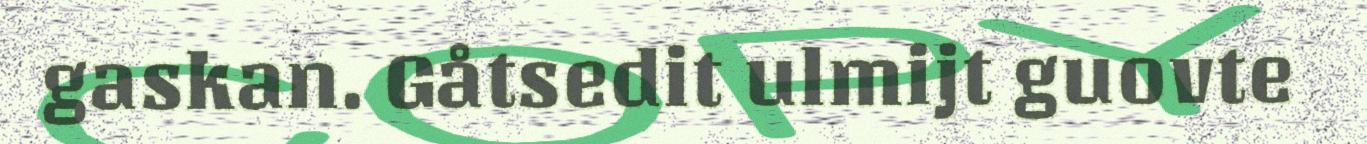
gaskan. Gåtsedit ulmijt guovte